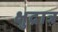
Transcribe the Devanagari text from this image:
क्षुद्रात्र